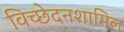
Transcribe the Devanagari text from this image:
विच्छेदनशामिल